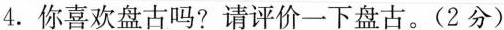
4. 你喜欢盘古吗?请评价一下盘古。(2分)